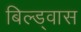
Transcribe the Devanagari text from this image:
बिल्ड्वास